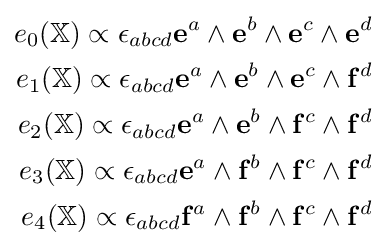
{\begin{aligned}e_{0}(\mathbb {X} )\propto \epsilon _{abcd}\mathbf {e} ^{a}\wedge \mathbf {e} ^{b}\wedge \mathbf {e} ^{c}\wedge \mathbf {e} ^{d}\\e_{1}(\mathbb {X} )\propto \epsilon _{abcd}\mathbf {e} ^{a}\wedge \mathbf {e} ^{b}\wedge \mathbf {e} ^{c}\wedge \mathbf {f} ^{d}\\e_{2}(\mathbb {X} )\propto \epsilon _{abcd}\mathbf {e} ^{a}\wedge \mathbf {e} ^{b}\wedge \mathbf {f} ^{c}\wedge \mathbf {f} ^{d}\\e_{3}(\mathbb {X} )\propto \epsilon _{abcd}\mathbf {e} ^{a}\wedge \mathbf {f} ^{b}\wedge \mathbf {f} ^{c}\wedge \mathbf {f} ^{d}\\e_{4}(\mathbb {X} )\propto \epsilon _{abcd}\mathbf {f} ^{a}\wedge \mathbf {f} ^{b}\wedge \mathbf {f} ^{c}\wedge \mathbf {f} ^{d}\end{aligned}}